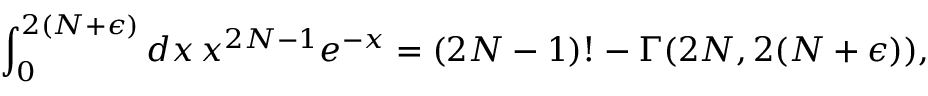
\int _ { 0 } ^ { 2 ( N + \epsilon ) } d x \, x ^ { 2 N - 1 } e ^ { - x } = ( 2 N - 1 ) ! - \Gamma ( 2 N , 2 ( N + \epsilon ) ) ,